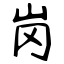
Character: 岗